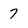
Character: 7